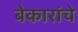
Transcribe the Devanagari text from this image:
बेकारांचे